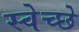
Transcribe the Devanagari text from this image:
स्वेच्छे